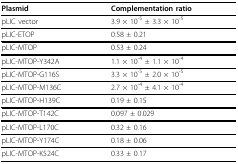
<table><thead><tr><td><b>Plasmid</b></td><td><b>Complementation ratio</b></td></tr></thead><tbody><tr><td>pLIC vector</td><td>3.9 × 10<sup>-5 </sup>± 3.3 × 10<sup>-5</sup></td></tr><tr><td>pLIC-ETOP</td><td>0.58 ± 0.21</td></tr><tr><td>pLIC-MTOP</td><td>0.53 ± 0.24</td></tr><tr><td>pLIC-MTOP-Y342A</td><td>1.1 × 10<sup>-4 </sup>± 1.1 × 10<sup>-4</sup></td></tr><tr><td>pLIC-MTOP-G116S</td><td>3.3 × 10<sup>-5 </sup>± 2.0 × 10<sup>-5</sup></td></tr><tr><td>pLIC-MTOP-M136C</td><td>2.7 × 10<sup>-4 </sup>± 4.1 × 10<sup>-4</sup></td></tr><tr><td>pLIC-MTOP-H139C</td><td>0.19 ± 0.15</td></tr><tr><td>pLIC-MTOP-T142C</td><td>0.097 ± 0.029</td></tr><tr><td>pLIC-MTOP-L170C</td><td>0.32 ± 0.16</td></tr><tr><td>pLIC-MTOP-Y174C</td><td>0.18 ± 0.06</td></tr><tr><td>pLIC-MTOP-K524C</td><td>0.33 ± 0.17</td></tr></tbody></table>